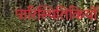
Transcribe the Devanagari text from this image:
पारिस्थितिकियों